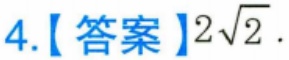
4.【答案】\(2\sqrt{2}\).